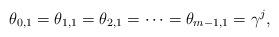
LaTeX: \begin{align*} \theta_{0,1} = \theta_{1,1} = \theta_{2,1} = \dots = \theta_{m-1,1}=\gamma^j, \end{align*}